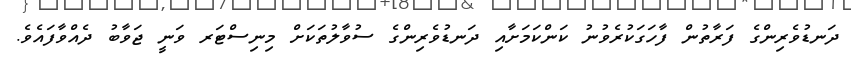
ދަނޑުވެރިންގެ ފަރާތުން ފާހަގަކުރެވުނު ކަންކަމަށާއި ދަނޑުވެރިންގެ ސުވާލުތަކަށް މިނިސްޓަރ ވަނީ ޖަވާބު ދެއްވާފައެވެ.